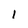
Character: l